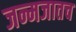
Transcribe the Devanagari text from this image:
जन्मजातच